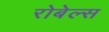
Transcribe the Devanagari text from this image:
रोबेल्‍स